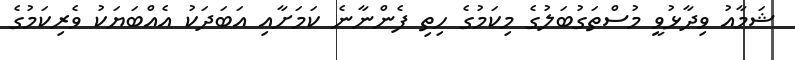
ޝަމާއު ވިދާޅުވީ މުސްތަގުބަލުގެ މިކަމުގެ ހިތި ފެންނާނެ ކަމަށާއި އަބަދަކު އެއްބަޔަކު ވެރިކަމުގެ